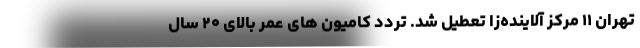
تهران ۱۱ مرکز آلاینده‌زا تعطیل شد. تردد کامیون های عمر بالای ۲۰ سال